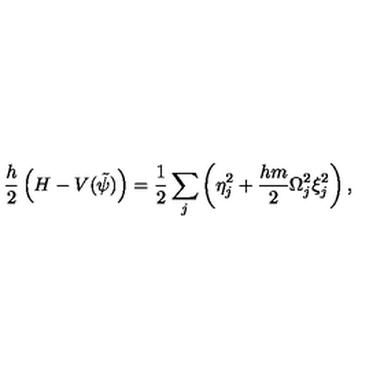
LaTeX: \frac { h } { 2 } \left( H - V ( \tilde { \psi } ) \right) = \frac { 1 } { 2 } \sum _ { j } \left( \eta _ { j } ^ { 2 } + \frac { h m } { 2 } \Omega _ { j } ^ { 2 } \xi _ { j } ^ { 2 } \right) ,